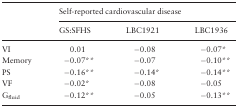
<table><thead><tr><td rowspan="2"></td><td colspan="3"><b>Self-reported cardiovascular disease</b></td></tr><tr><td><b>GS:SFHS</b></td><td><b>LBC1921</b></td><td><b>LBC1936</b></td></tr></thead><tbody><tr><td>VI</td><td>0.01</td><td>−0.08</td><td>−0.07*</td></tr><tr><td>Memory</td><td>−0.07**</td><td>−0.07</td><td>−0.10**</td></tr><tr><td>PS</td><td>−0.16**</td><td>−0.14*</td><td>−0.14**</td></tr><tr><td>VF</td><td>−0.02*</td><td>−0.08</td><td>−0.05</td></tr><tr><td>G<sub>fluid</sub></td><td>−0.12**</td><td>−0.05</td><td>−0.13**</td></tr></tbody></table>